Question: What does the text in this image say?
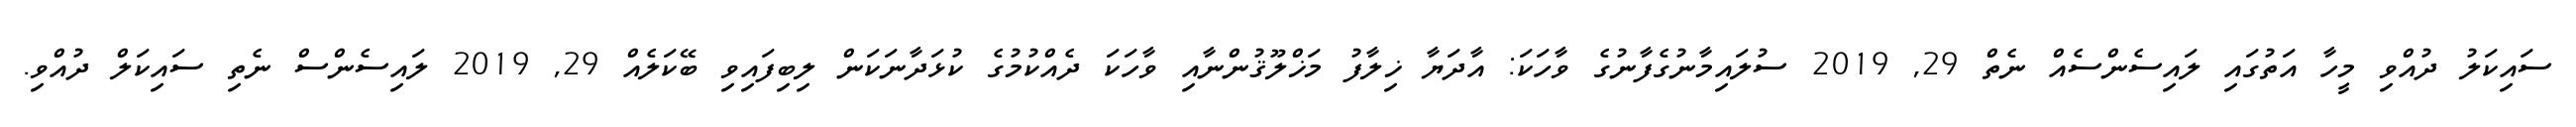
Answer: ސައިކަލު ދުއްވި މީހާ އަތުގައި ލައިސެންސެއް ނެތް 29, 2019 ސުލައިމާނުގެފާނުގެ ވާހަކަ: އާދަޔާ ޚިލާފު މަޚްލޫޤުންނާއި ވާހަކަ ދެއްކުމުގެ ކުޅަދާނަކަން ލިބިފައިވި ބޭކަލެއް 29, 2019 ލައިސެންސް ނެތި ސައިކަލް ދުއްވި.